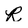
Character: R